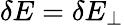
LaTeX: \delta E=\delta E_{\perp}